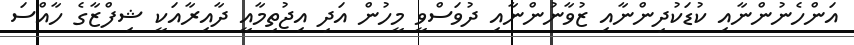
އަންހެނުންނާއި ކުޑަކުދިންނާއި ޒުވާނުންނާއި ދުވަސްވީ މީހުން އަދި އިޖުތިމާއީ ދާއިރާއަކީ ޝިފްޒާގެ ހާއްސަ